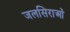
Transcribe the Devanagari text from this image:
जलसिराओं